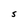
Character: S